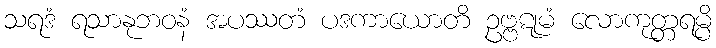
သရဒံ ရသာနုဘဝနံ အပဿတံ ပဒကာယောတိ ဥဗ္ဗဋုမံ လောကုတ္တရမ္ပိ